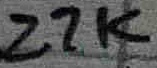
Text: 27K